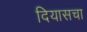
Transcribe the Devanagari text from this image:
दियासचा